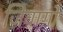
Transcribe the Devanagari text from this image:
ज़िवागो